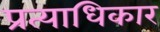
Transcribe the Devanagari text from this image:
प्रत्याधिकार